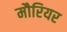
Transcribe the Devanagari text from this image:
मौरियर